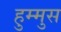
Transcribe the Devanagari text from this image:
हुम्मुस